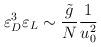
LaTeX: \begin{align*}\varepsilon_D^3 \varepsilon_L \sim \frac{\tilde{g}}{N} \frac{1}{u_0^2}\end{align*}